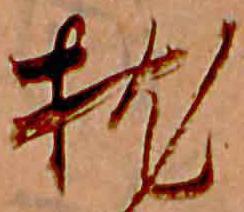
枕